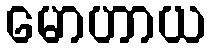
မောဟာယ